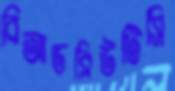
বিআডব্লিউটিসি